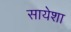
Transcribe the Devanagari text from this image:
सायेशा